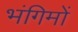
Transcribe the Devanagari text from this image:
भंगिमों